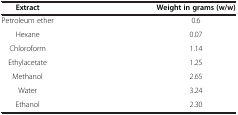
<table><thead><tr><td><b>Extract</b></td><td><b>Weight in grams (w/w)</b></td></tr></thead><tbody><tr><td>Petroleum ether</td><td>0.6</td></tr><tr><td>Hexane</td><td>0.07</td></tr><tr><td>Chloroform</td><td>1.14</td></tr><tr><td>Ethylacetate</td><td>1.25</td></tr><tr><td>Methanol</td><td>2.65</td></tr><tr><td>Water</td><td>3.24</td></tr><tr><td>Ethanol</td><td>2.30</td></tr></tbody></table>